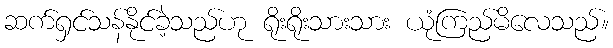
ဆက်ရှင်သန်နိုင်ခဲ့သည်ဟု ရိုးရိုးသားသား ယုံကြည်မိလေသည်။